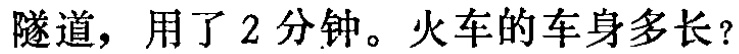
隧道，用了2分钟。火车的车身多长？